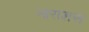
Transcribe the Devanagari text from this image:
नाराशस